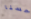
حسنا